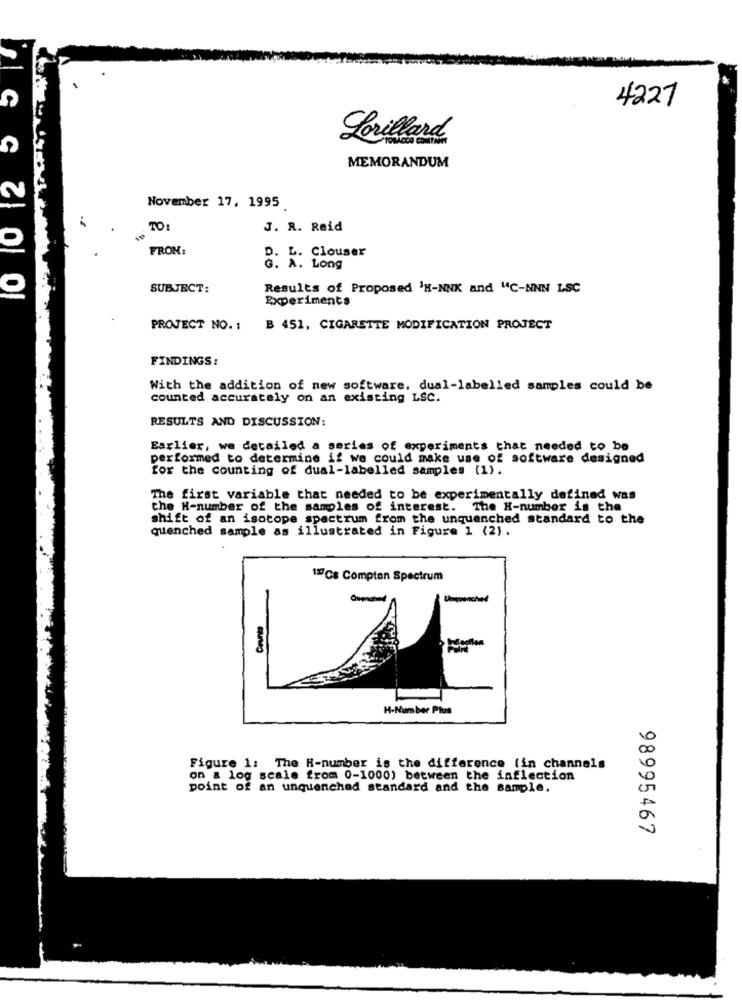
4221
Lorillard
10 10 12
MEMORANDUM
2
November 17, 1995
. TO
J. R. Reid
0
FROM:
L. Clouser
8: A : Long
SUBJECT:
Results of Proposed 'H-NNK and "C-NNN LSC
Experiments
PROJECT NO. :
B 451, CIGARETTE MODIFICATION PROJECT
FINDINGS:
With the addition of new software, dual-labelled samples could be
counted accurately on an existing LSC.
RESULTS AND DISCUSSION:
Earlier, we detailed a series of experiments that needed to be
performed to determine if we could make use of software designed
for the counting of dual-labelled samples [1).
The first variable that needed to be experimentally defined Was
the H-number of the samples of interest. The H-number is the
shift of an isotope spectrum from the unquenched standard to the
quenched sample as illustrated in Figure 1 (2).
17Cs Compton Spectrum
-
Unquenched
Counts
H-Number Plus
Figure 1: The H-number is the difference (in channels
on a log scale from 0-1000) between the inflection
point of an unquenched standard and the sample.
98995467